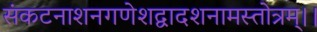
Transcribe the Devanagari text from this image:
संकटनाशनगणेशद्वादशनामस्तोत्रम्।।